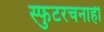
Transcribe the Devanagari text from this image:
स्फुटरचनाही